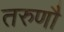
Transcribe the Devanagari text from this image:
तरुणौ